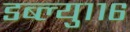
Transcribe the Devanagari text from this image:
डब्ल्यु११६